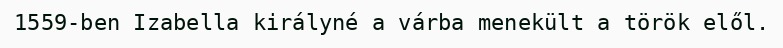
1559-ben Izabella királyné a várba menekült a török elől.